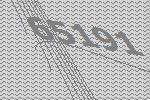
65191